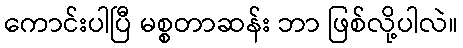
ကောင်းပါပြီ မစ္စတာဆန်း ဘာ ဖြစ်လို့ပါလဲ။